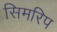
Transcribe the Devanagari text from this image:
सिमरिप